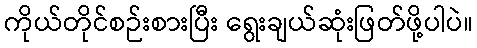
ကိုယ်တိုင်စဉ်းစားပြီး ရွေးချယ်ဆုံးဖြတ်ဖို့ပါပဲ။